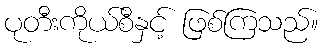
ပုတီးကိုယ်စီနှင့် ဖြစ်ကြသည်။